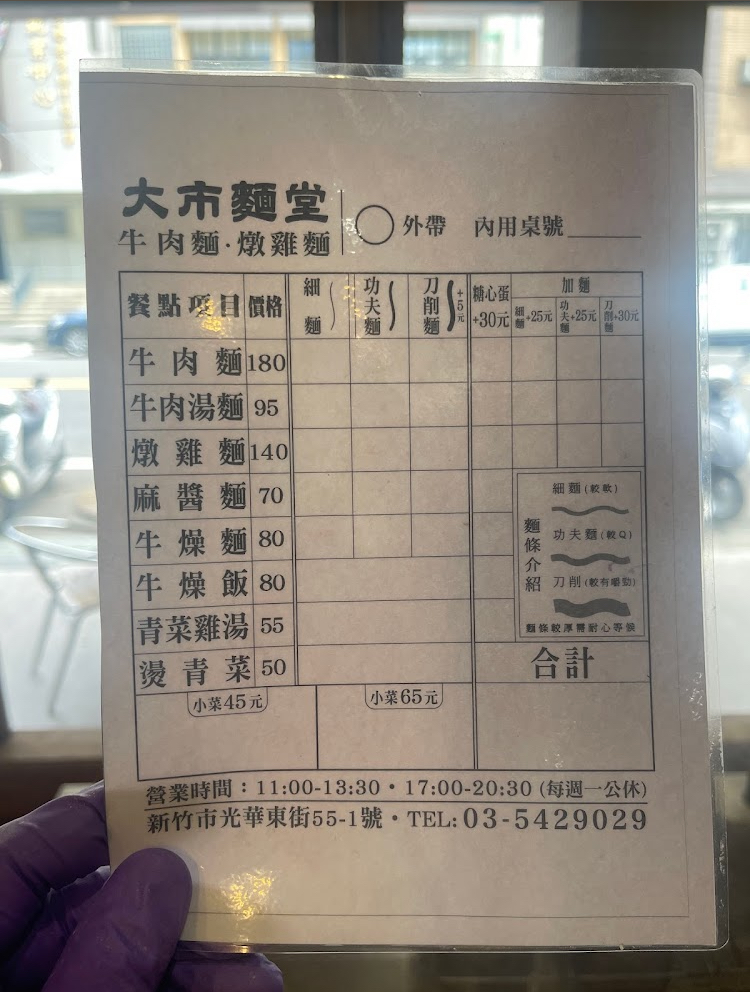
餐廳：大市麵堂牛肉麵.燉雞麵
地址：新竹市光華東街55-1號
電話：03-5429029
營業時間：11:00-18:30,17:00-20:30(每週一公休)
菜單：
name: 牛肉麵
price: 180
name: 牛肉湯麵
price: 95
name: 燉雞麵
price: 140
name: 麻醬麵
price: 70
name: 牛燥麵
price: 80
name: 牛燥飯
price: 80
name: 青菜雞湯
price: 55
name: 燙青菜
price: 50
name: 小菜
price: 45